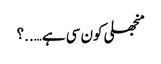
منجھلی کون سی ہے…..؟